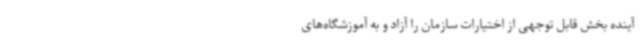
آینده بخش قابل توجهی از اختیارات سازمان را آزاد و به آموزشگاه‌های